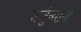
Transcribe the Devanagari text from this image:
अर्जुनराजे